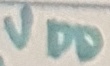
Text: VDD